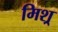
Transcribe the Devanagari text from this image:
मिश्र्